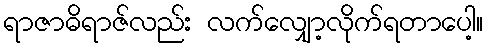
ရာဇာဓိရာဇ်လည်း လက်လျှော့လိုက်ရတာပေါ့။